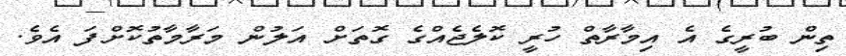
ތިން ބުރީގެ އެ އިމާރާތް ހުރީ ކޮލެޖެއްގެ ގޮތަށް އަލުން މަރާމާތުކޮށްފަ އެވެ.